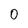
Character: 0